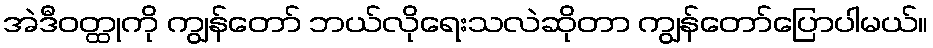
အဲဒီဝတ္ထုကို ကျွန်တော် ဘယ်လိုရေးသလဲဆိုတာ ကျွန်တော်ပြောပါမယ်။